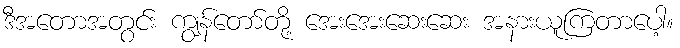
ဒီအတောအတွင်း ကျွန်တော်တို့ အေးအေးဆေးဆေး အနားယူကြတာပေါ့။